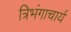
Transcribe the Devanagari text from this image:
त्रिभंगाचार्य